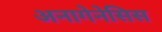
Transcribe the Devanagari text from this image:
अनागेनेसिस